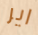
اير